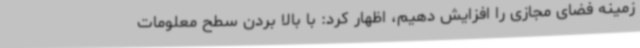
زمینه فضای مجازی را افزایش دهیم، اظهار کرد: با بالا بردن سطح معلومات